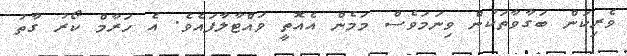
ވެރިކަން ބަގާވާތަކުން ވިނަމަވެސް މަމެން އެއޮތީ ވައްޓާލާފައެވެ. އެ ހަރާމް ކޯރު ގާތު